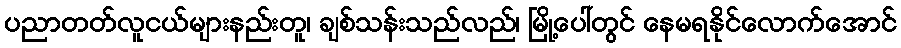
ပညာတတ်လူငယ်များနည်းတူ၊ ချစ်သန်းသည်လည်၊ မြို့ပေါ်တွင် နေမရနိုင်လောက်အောင်